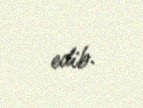
edib.